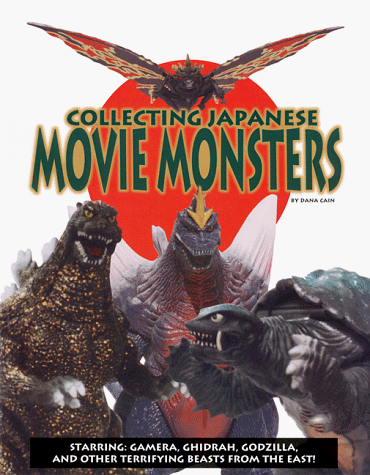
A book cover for Collecting Japanese Movie Monsters; Dana Cain; Crafts, Hobbies & Home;